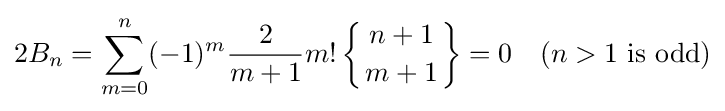
2B_{n}=\sum _{m=0}^{n}(-1)^{m}{\frac {2}{m+1}}m!\left\{{n+1 \atop m+1}\right\}=0\quad (n>1{\text{ is odd}})